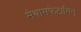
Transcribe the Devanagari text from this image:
मेथामफेटामिन